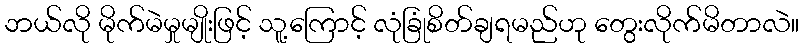
ဘယ်လို မိုက်မဲမှုမျိုးဖြင့် သူ့ကြောင့် လုံခြုံစိတ်ချရမည်ဟု တွေးလိုက်မိတာလဲ။